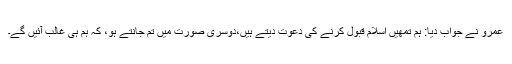
عمرو نے جواب دیا: ہم تمھیں اسلام قبول کرنے کی دعوت دیتے ہیں،دوسری صورت میں تم جانتے ہو، کہ ہم ہی غالب آئیں گے۔